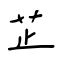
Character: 芷